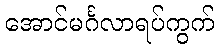
အောင်မင်္ဂလာရပ်ကွက်